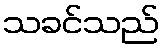
သခင်သည်